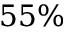
5 5 \%